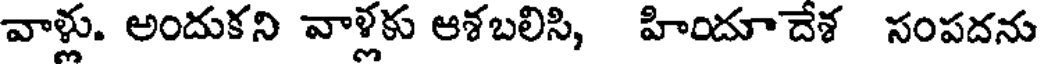
వాళ్లు. అందుకని వాళ్లకు ఆశబలిసి, హిందూదేశ సంపదను